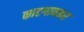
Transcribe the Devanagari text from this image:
काटगावकर